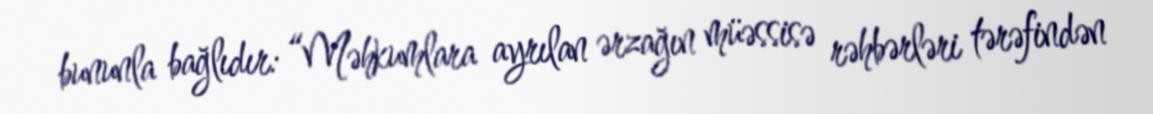
bununla bağlıdır: “Məhkumlara ayrılan ərzağın müəssisə rəhbərləri tərəfindən